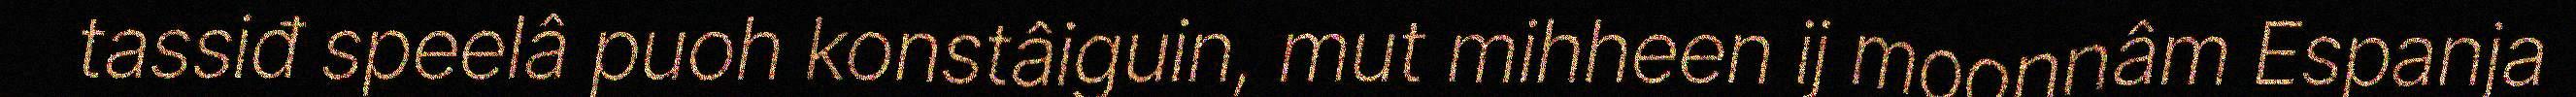
tassiđ speelâ puoh konstâiguin, mut mihheen ij moonnâm Espanja